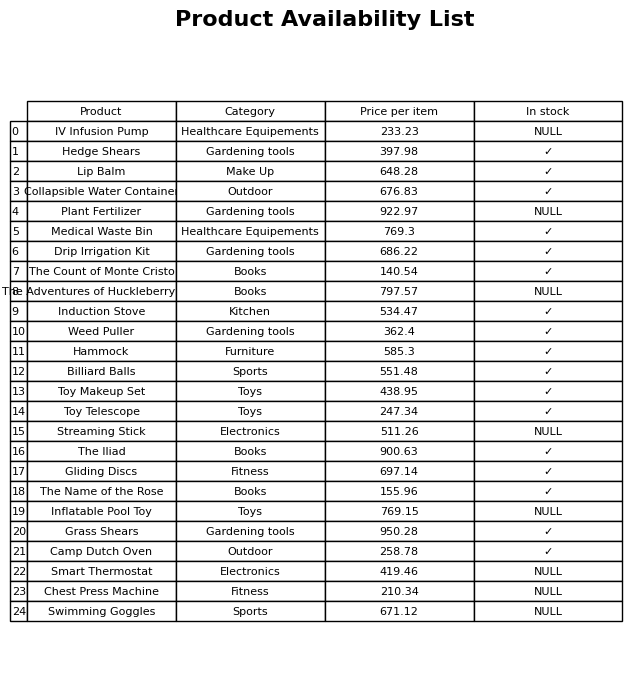
question: What is the price of the Toy Makeup Set?
answer: The price of Toy Makeup Set is 438.95.